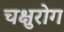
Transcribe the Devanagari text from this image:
चक्षुरोग